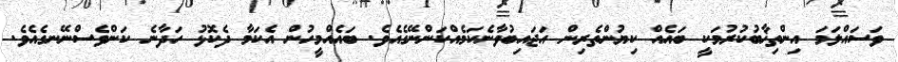
ވަސައްލަމަ އިންތިޚާބުކުރުމަކީ ބައެއް ކިޔުންތެރިން އަޖައިބުވާނެކަމެއްކަންނޭގެއެވެ. ބައެއްމީހުން އެކަމާ ދެކޮޅު ހަދާނެ ކަންވެސްނޭނގެއެވެ.